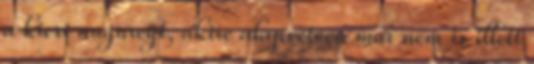
a kicsi augureyt, akire alapvetően már nem is illett